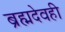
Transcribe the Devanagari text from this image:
ब्रह्मदेवही